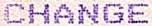
CHANGE